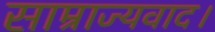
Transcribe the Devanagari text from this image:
साम्राज्यवाद।